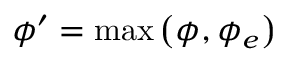
\phi ^ { \prime } = \mathrm { m a x } \left( \phi , \phi _ { e } \right)